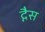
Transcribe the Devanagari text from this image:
द्गैस